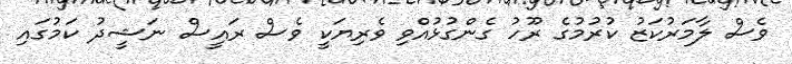
ވެސް ލާމަރުކަޒު ކުރުމުގެ ރޫހު ގެންގުޅުއްވި ވެރިޔަކީ ވެސް ރައީސް ނަޝީދު ކަމުގައި